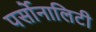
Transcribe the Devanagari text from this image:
पर्सोनालिटी